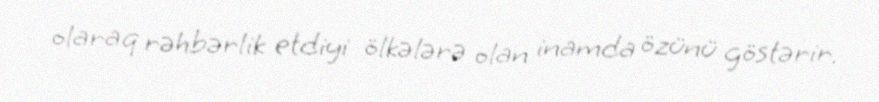
olaraq rəhbərlik etdiyi ölkələrə olan inamda özünü göstərir.